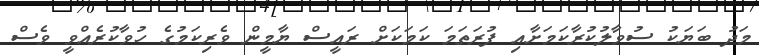
މަދު ބަޔަކު ސުވާލުކުރާކަމަށާއި ފުރަތަމަ ކަމަކަށް ރައީސް ޔާމީން ވެރިކަމުގެ ހުވާކުރެއްވީ ވެސް